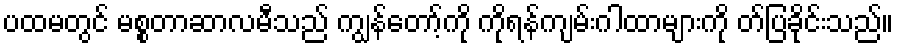
ပထမတွင် မစ္စတာဆာလမီသည် ကျွန်တော့်ကို ကိုရန်ကျမ်းဂါထာများကို တ်ပြခိုင်းသည်။